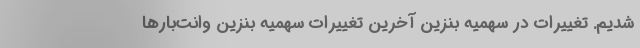
شدیم. تغییرات در سهمیه بنزین آخرین تغییرات سهمیه بنزین وانت‌بارها